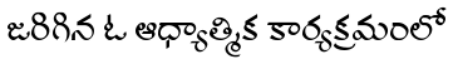
జరిగిన ఓ ఆధ్యాత్మిక కార్యక్రమంలో